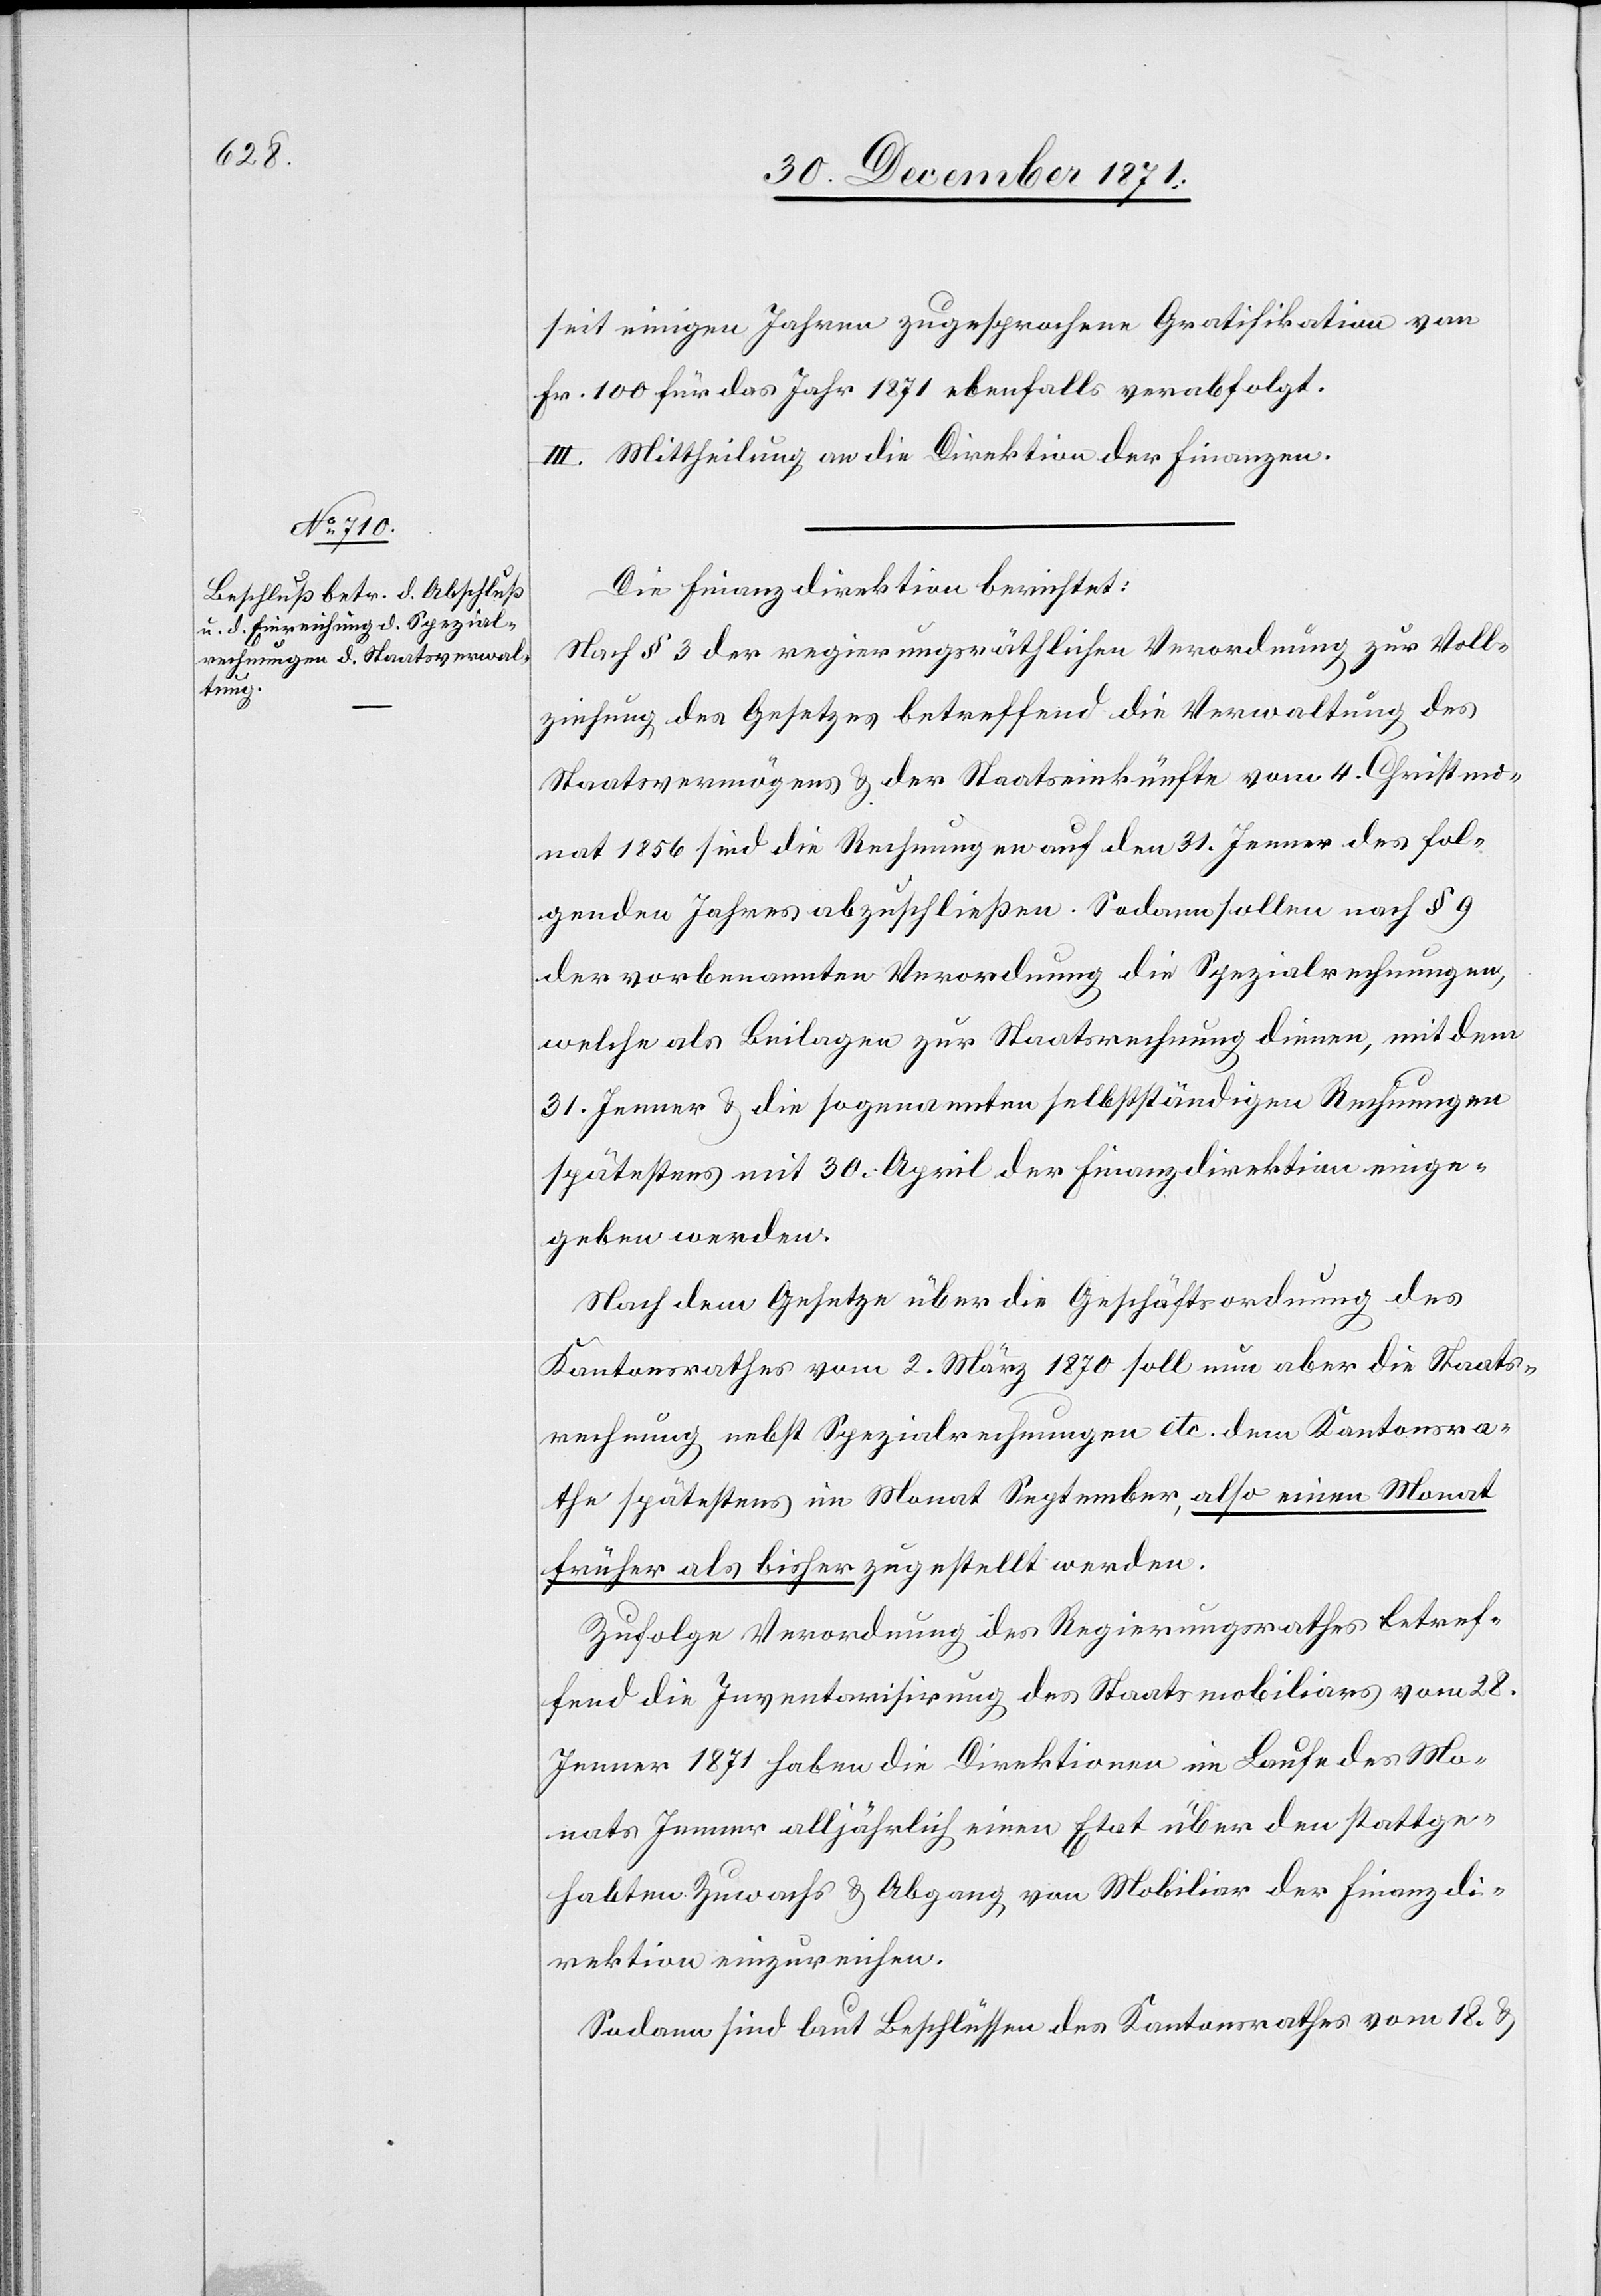
seit einigen Jahren zugesprochene Gratifikation von
Fr. 100 für das Jahr 1871 ebenfalls verabfolgt.
III. Mittheilung an die Direktion der Finanzen.
Die Finanzdirektion berichtet:
Nach § 3 der regierungsräthlichen Verordnung zur Voll¬
ziehung des Gesetzes betreffend die Verwaltung des
Staatsvermögens & der Staatseinkünfte vom 4. Christmo¬
nat 1856 sind die Rechnungen auf den 31. Jenner des fol¬
genden Jahres abzuschließen. Sodann sollen nach § 9
der vorbenannten Verordnung die Spezialrechnungen,
welche als Beilagen zur Staatsrechnung dienen, mit dem
31. Jenner & die sogenannten selbstständigen Rechnungen
spätestens mit 30. April der Finanzdirektion einge¬
geben werden.
Nach dem Gesetze über die Geschäftsordnung des
Kantonsrathes vom 2. März 1870 soll nun aber die Staats¬
rechnung nebst Spezialrechnungen etc. dem Kantonsra¬
the spätestens im Monat September, also einen Monat
früher als bisher zugestellt werden.
Zufolge Verordnung des Regierungsrathes betref¬
fend die Inventarisirung des Staatsmobiliars vom 28.
Jenner 1871 haben die Direktionen im Laufe des Mo¬
nats Jenner alljährlich einen Etat über den stattge¬
habten Zuwachs & Abgang von Mobiliar der Finanzdi¬
rektion einzureichen.
Sodann sind laut Beschlüssen des Kantonsrathes vom 18. &